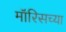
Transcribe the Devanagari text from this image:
मॉरिसच्या